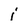
Character: i